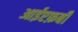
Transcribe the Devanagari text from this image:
आईएफ़बी